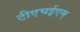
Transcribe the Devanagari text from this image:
टीएचईएम्